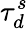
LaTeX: \tau_{d}^{s}